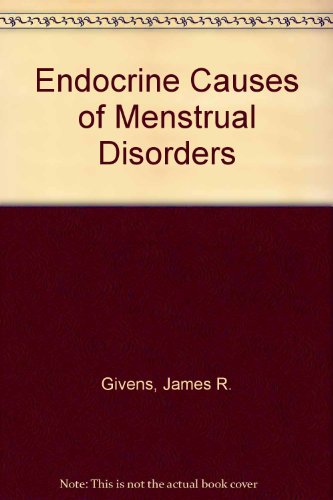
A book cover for Endocrine causes of menstrual disorders: Based on the proceedings of the Second Annual Symposium on Gynecologic Endocrinology held March 16-18, 1977 at the University of Tennessee, Memphis, Tennessee; James R. M.D. Givens; Health, Fitness & Dieting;